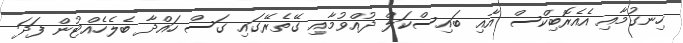
ހިނގުމާއި އެއެރޮބިކްސް އާއި ބައިސްކަލް ދުއްވުމާއި ގޭތެރޭގައި ގަސް ހައްދާ ބެލެހެއްޓުން ފަދަ